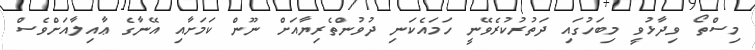
މިސްތޯ ވިދާޅުވީ މިބަހުގައި ދަތުރުކުރެވޭނީ ހަމައެކަނި ދުވުންތެރިޔާއަށް ނޫން ކަމަށާއި އޭނާގެ ޢާއިލާއަށްވެސް